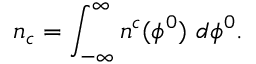
n _ { c } = \int _ { - \infty } ^ { \infty } n ^ { c } ( \phi ^ { 0 } ) \ d \phi ^ { 0 } .